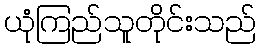
ယုံကြည်သူတိုင်းသည်